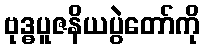
ဗုဒ္ဓပူဇနိယပွဲတော်ကို